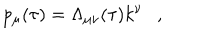
LaTeX: p _ { \mu } ( \tau ) = \Lambda _ { \mu \nu } ( \tau ) k ^ { \nu } ,